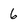
Character: 6